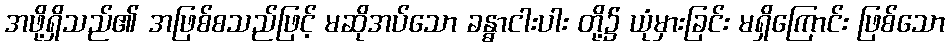
အဖို့ရှိသည်၏ အဖြစ်စသည်ဖြင့် မဆိုအပ်သော ခန္ဓာငါးပါး တို့၌ ယုံမှားခြင်း မရှိကြောင်း ဖြစ်သော